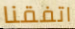
اتفقنا